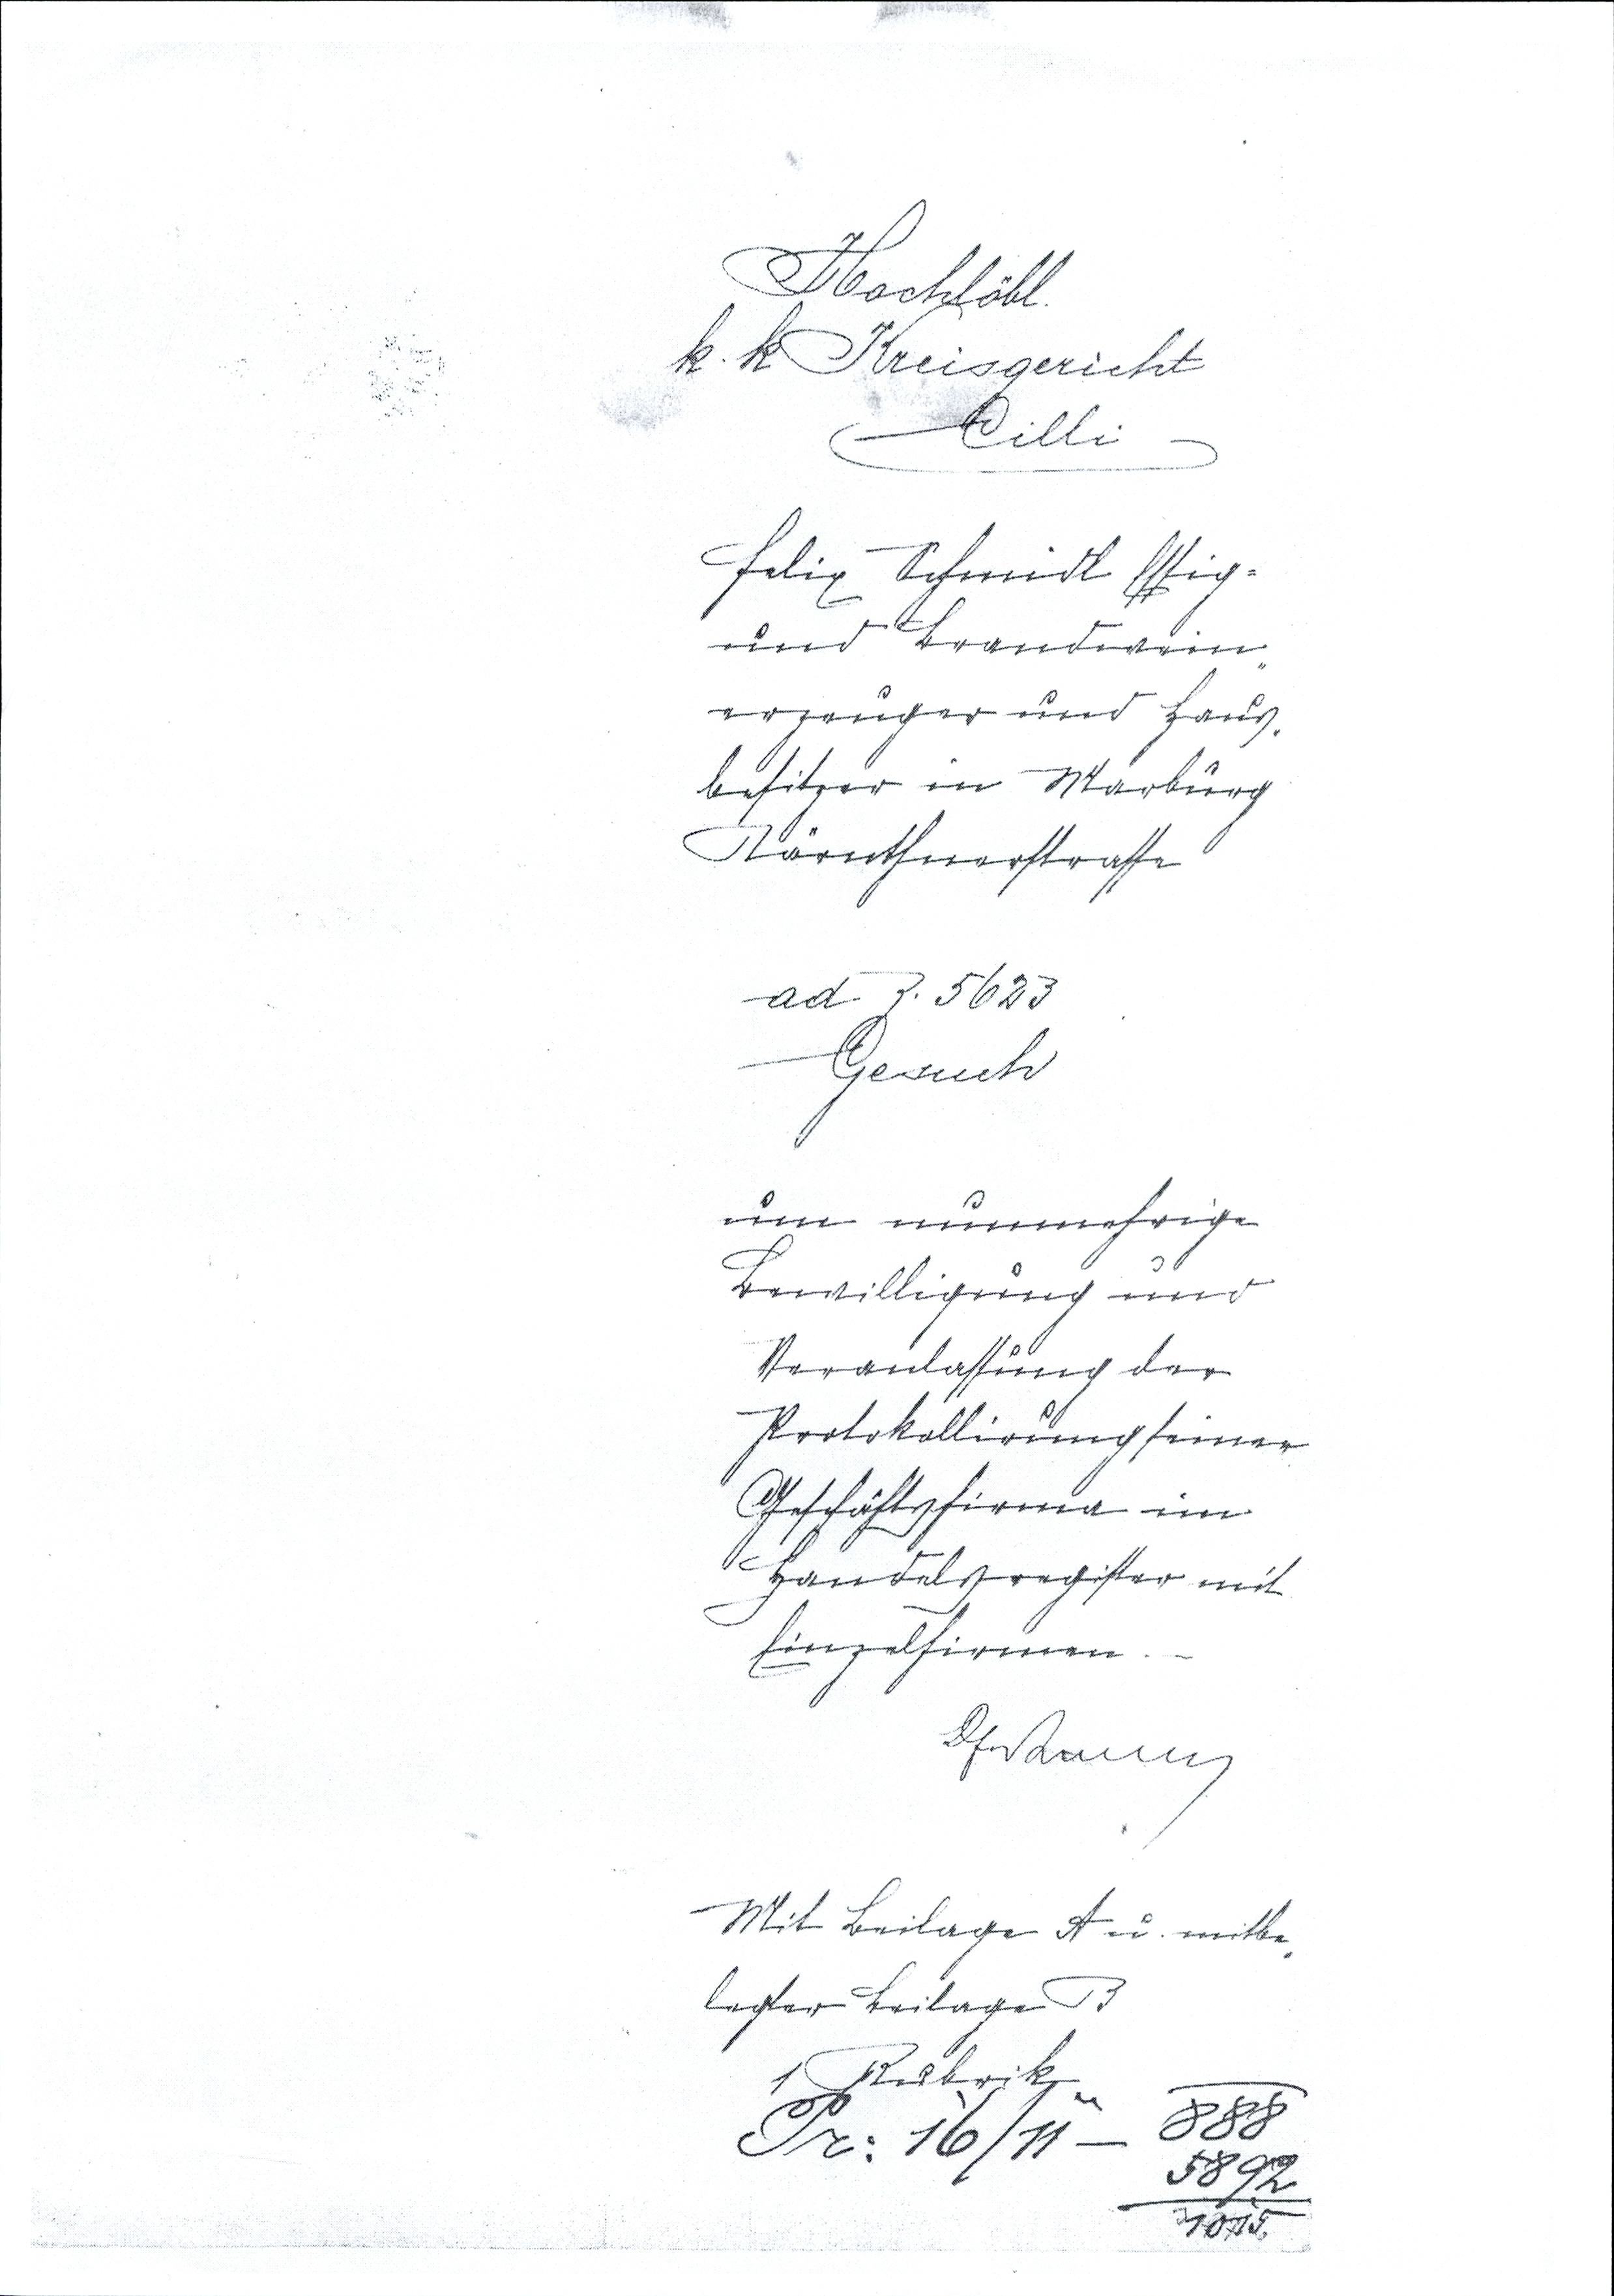
Hochlöbl.
k.k Kreisgericht
Cilli
Felix Schmidl Essig¬
und Brandwein¬
erzeuger und Haus¬
besitzer in Marburg
Kärnthnerstrasse
ad Z. 5623
Gesuch
um nunmehrige
Bewilligung und
Veranlassung der
Protokollirung seiner
Geschäftsfirma im
Handelsregister mit
Einzelfirmen.

Mit Beilage A u. mitbe¬
legter Beilage B
1 Rubrik
888
Pr: 16/11 —
5892
31015